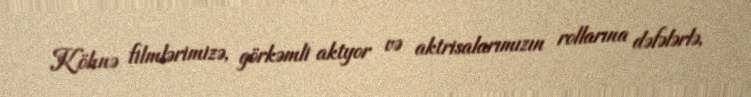
Köhnə filmlərimizə, görkəmli aktyor və aktrisalarımızın rollarına dəfələrlə,